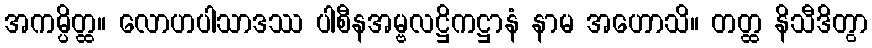
အကမ္ပိတ္ထ။ လောဟပါသာဒဿ ပါစီနအမ္ဗလဋ္ဌိကဋ္ဌာနံ နာမ အဟောသိ။ တတ္ထ နိသီဒိတွာ